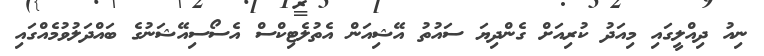
ނިއު ދިއްލީގައި މިއަދު ކުރިއަށް ގެންދިޔަ ސައުތު އޭޝިއަން އެތުލެޓިކްސް އެސޯސިއޭޝަނުގެ ބައްދަލުވުމެއްގައި